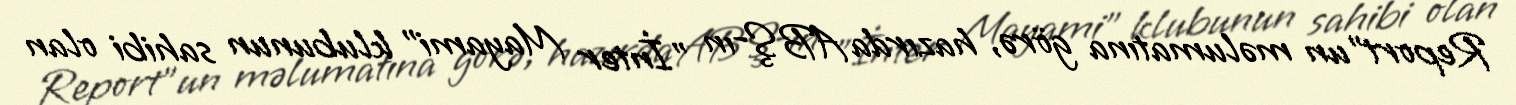
Report"un məlumatına görə, hazırda ABŞ-ın "İnter Mayami" klubunun sahibi olan